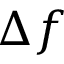
\Delta f